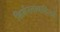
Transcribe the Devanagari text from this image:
निर्भरतावादियों